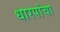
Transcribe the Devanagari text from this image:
धारपांचा